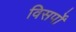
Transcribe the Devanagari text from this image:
विसर्पों